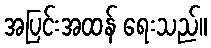
အပြင်းအထန် ရေးသည်။